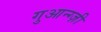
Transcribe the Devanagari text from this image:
गुआन्ग्ज़ी